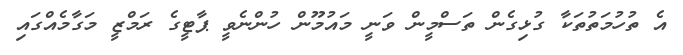
އެ ތުހުމަތުތަކާ ގުޅިގެން ތަސްމީން ވަނީ މައުމޫން ހުންނެވީ ޕާޓީގެ ރަމްޒީ މަގާމެއްގައި